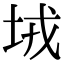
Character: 𡊸